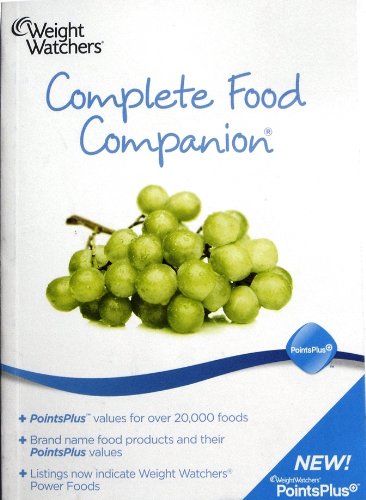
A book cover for Weight Watchers Complete Food Companion 2010; Health, Fitness & Dieting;